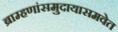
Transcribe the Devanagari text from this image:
ब्राम्हणांसमुदायासमवेत